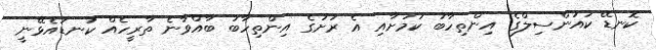
ކޮނޑޭ ކައުންސިލްގެ އިންތިހާބު ކަމަށާއި އެ ރަށުގެ އިންތިހާބު ބާއްވާނެ ތާރީހެއް ކަނޑައެޅޭނީ